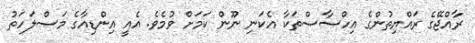
ރާއްޖޭގެ ރައްޔިތުންގެ އިހްސާސްތަކާ އެކަނި ނޫން ކަމަށް ވުމެވެ. އެއީ އިންޑިއާގެ މަސްލަހަތު